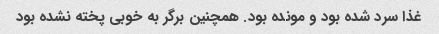
غذا سرد شده بود و مونده بود. همچنین برگر به خوبی پخته نشده بود